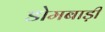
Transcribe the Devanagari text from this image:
डोमबाड़ी